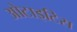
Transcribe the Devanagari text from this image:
ओटाइटिस